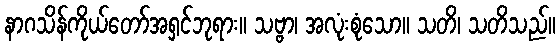
နာဂသိန်ကိုယ်တော်အရှင်ဘုရား။ သဗ္ဗာ၊ အလုံးစုံသော။ သတိ၊ သတိသည်။